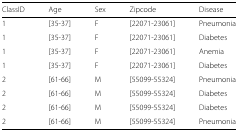
| ClassID | Age | Sex | Zipcode | Disease |
 | --- | --- | --- | --- | --- |
 | 1 | [35-37] | F | [22071-23061] | Pneumonia |
 | 1 | [35-37] | F | [22071-23061] | Diabetes |
 | 1 | [35-37] | F | [22071-23061] | Anemia |
 | 1 | [35-37] | F | [22071-23061] | Diabetes |
 | 2 | [61-66] | M | [55099-55324] | Pneumonia |
 | 2 | [61-66] | M | [55099-55324] | Diabetes |
 | 2 | [61-66] | M | [55099-55324] | Diabetes |
 | 2 | [61-66] | M | [55099-55324] | Pneumonia |